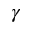
\boldsymbol { \gamma }